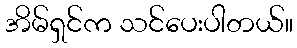
အိမ်ရှင်က သင်ပေးပါတယ်။